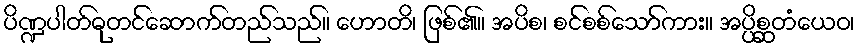
ပိဏ္ဍပါတ်ဓုတင်ဆောက်တည်သည်။ ဟောတိ၊ ဖြစ်၏။ အပိစ၊ စင်စစ်သော်ကား။ အပ္ပိစ္ဆတံယေဝ၊